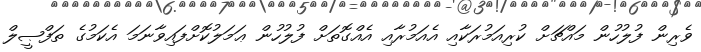
ވެރިން ފުލުހުން މައްޗަށް ކުރިއަމުރަކާއި އެއަމުރާއި އެއްގޮތަށް ފުލުހުން ޢަމަލުކޮށްފައިވާނަމަ އެކަމުގެ ތަފްޞީލް